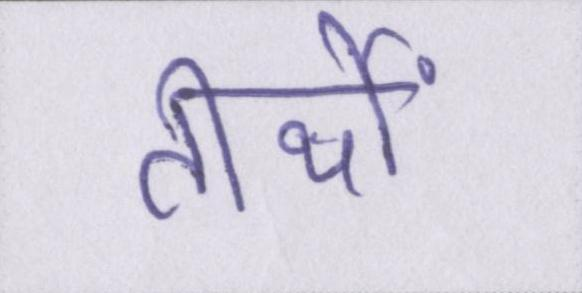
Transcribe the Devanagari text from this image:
तीर्थों